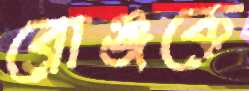
ব্রোঞ্জকে